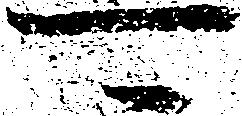
可